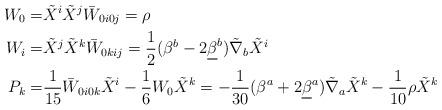
LaTeX: \begin{align*}W_0=& \tilde X^i \tilde X^j \bar W_{0i0j} =\rho\\W_i= & \tilde X^j \tilde X^k \bar W_{0kij}=\frac{1}{2}(\beta^b-2\underline{\beta}^b)\tilde{\nabla}_b \tilde{X}^i \\P_k= & \frac{1}{15}\bar W_{0i0k} \tilde X^i-\frac{1}{6}W_0\tilde X^k=-\frac{1}{30}(\beta^a+2\underline{\beta}^a)\tilde{\nabla}_a \tilde{X}^k-\frac{1}{10} \rho\tilde{X}^k\\\end{align*}